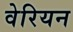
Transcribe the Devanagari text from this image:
वेरियन